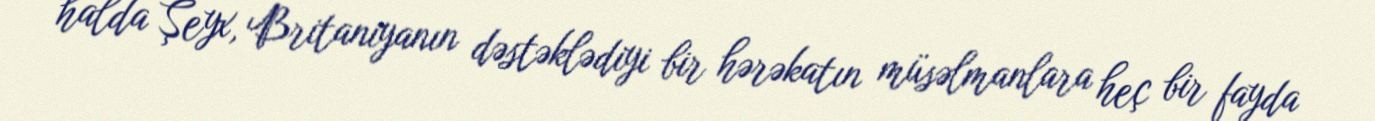
halda Şeyx, Britaniyanın dəstəklədiyi bir hərəkatın müsəlmanlara heç bir fayda